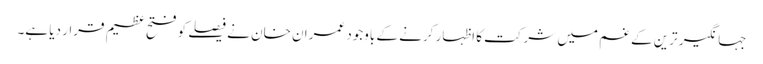
جہانگیر ترین کے غم میں شرکت کا اظہار کرنے کے باوجود عمران خان نے فیصلے کو فتح عظیم قرار دیا ہے۔